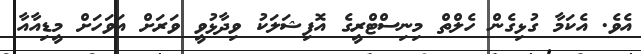
އެވެ. އެކަމާ ގުޅިގެން ހެލްތް މިނިސްޓްރީގެ އޮފިޝަލަކު ވިދާޅުވީ ވަރަށް އަވަހަށް މީޑިއާއާ